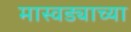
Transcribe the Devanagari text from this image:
मास्वड्याच्या